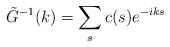
\begin{align*}\tilde G^{-1}(k)=\sum_{s} c(s)e^{-iks} \end{align*}